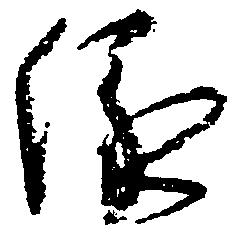
縁